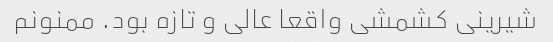
شیرینی کشمشی واقعا عالی و تازه بود. ممنونم